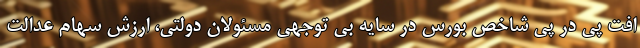
افت پی در پی شاخص بورس در سایه بی توجهی مسئولان دولتی، ارزش سهام عدالت